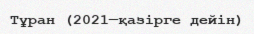
Тұран (2021—қазірге дейін)